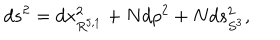
LaTeX: d s ^ { 2 } = d x _ { R ^ { 5 , 1 } } ^ { 2 } + N d \rho ^ { 2 } + N d s _ { S ^ { 3 } } ^ { 2 } ,